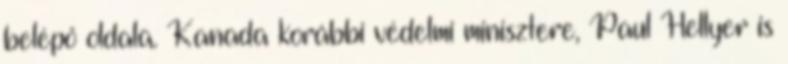
belépő oldala. Kanada korábbi védelmi minisztere, Paul Hellyer is